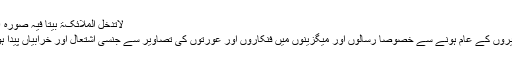
لاتدخل الملائکۃ بیتا فیہ صورہ 5960)
آج تصویروں کے عام ہونے سے خصوصا رسالوں اور میگزینوں میں فنکاروں اور عورتوں کی تصاویر سے جنسی اشتعال اور خرابیاں پیدا ہوتی ہیں۔